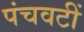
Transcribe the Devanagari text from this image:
पंचवटीं